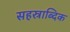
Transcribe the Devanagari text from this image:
सहस्राब्दिक